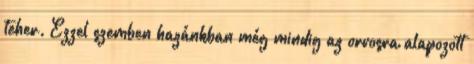
teher. Ezzel szemben hazánkban még mindig az orvosra alapozott